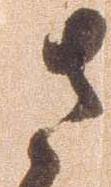
左